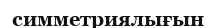
симметриялығын